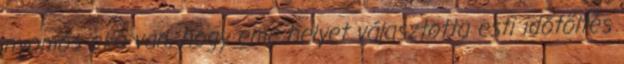
nyomós oka van, hogy eme helyet választotta esti időtöltés